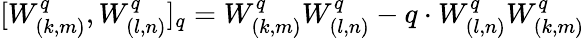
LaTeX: [W_{(k,m)}^{q},W_{(l,n)}^{q}]_{q}=W_{(k,m)}^{q}W_{(l,n)}^{q}-q\cdot W_{(l,n)}^{q}W_{(k,m)}^{q}